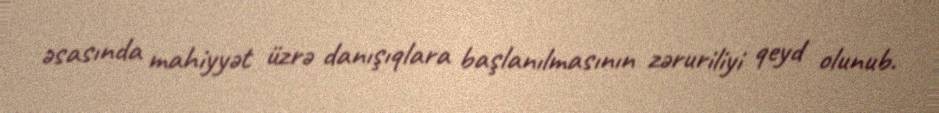
əsasında mahiyyət üzrə danışıqlara başlanılmasının zəruriliyi qeyd olunub.